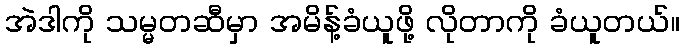
အဲဒါကို သမ္မတဆီမှာ အမိန့်ခံယူဖို့ လိုတာကို ခံယူတယ်။